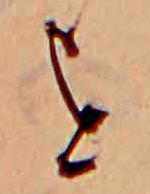
を